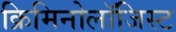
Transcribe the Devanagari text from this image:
क्रिमिनोलॉजिस्ट